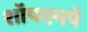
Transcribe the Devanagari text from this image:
शॉपएनपे